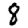
Digit: 8